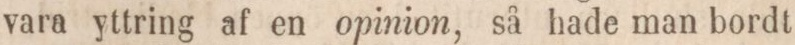
vara yttring af en opinion, så hade man bordt